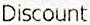
DISCOUNT